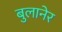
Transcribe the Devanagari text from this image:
बुलानेर